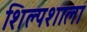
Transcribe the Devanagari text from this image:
शिल्पशाला